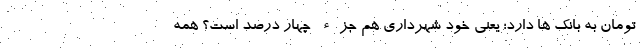
تومان به بانک ها دارد؛ یعنی خود شهرداری هم جزء چهار درصد است؟ همه